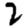
Digit: 2